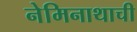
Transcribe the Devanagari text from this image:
नेमिनाथाची